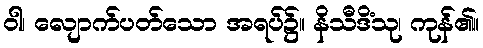
ဝါ၊ လျောက်ပတ်သော အရပ်၌။ နိသီဒိံသု၊ ကုန်၏။